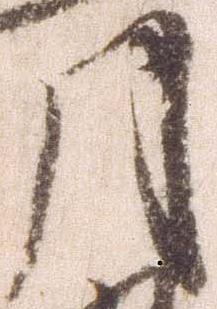
月